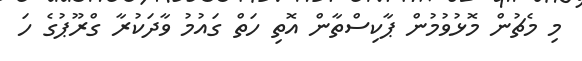
މި މެޗުން މޮޅުވުމުން ޕާކިސްތާން އޮތި ހަތް ގައުމު ވާދަކުރާ ގްރޫޕުގެ ހަ